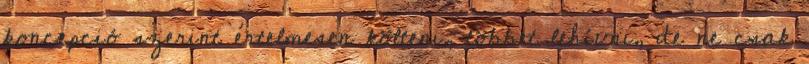
koncepció szerint értelmesen költeni, többet lehívni, de ne csak